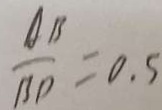
\frac { A B } { B D } = 0 . 5